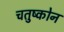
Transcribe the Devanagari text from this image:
चतुष्कोन